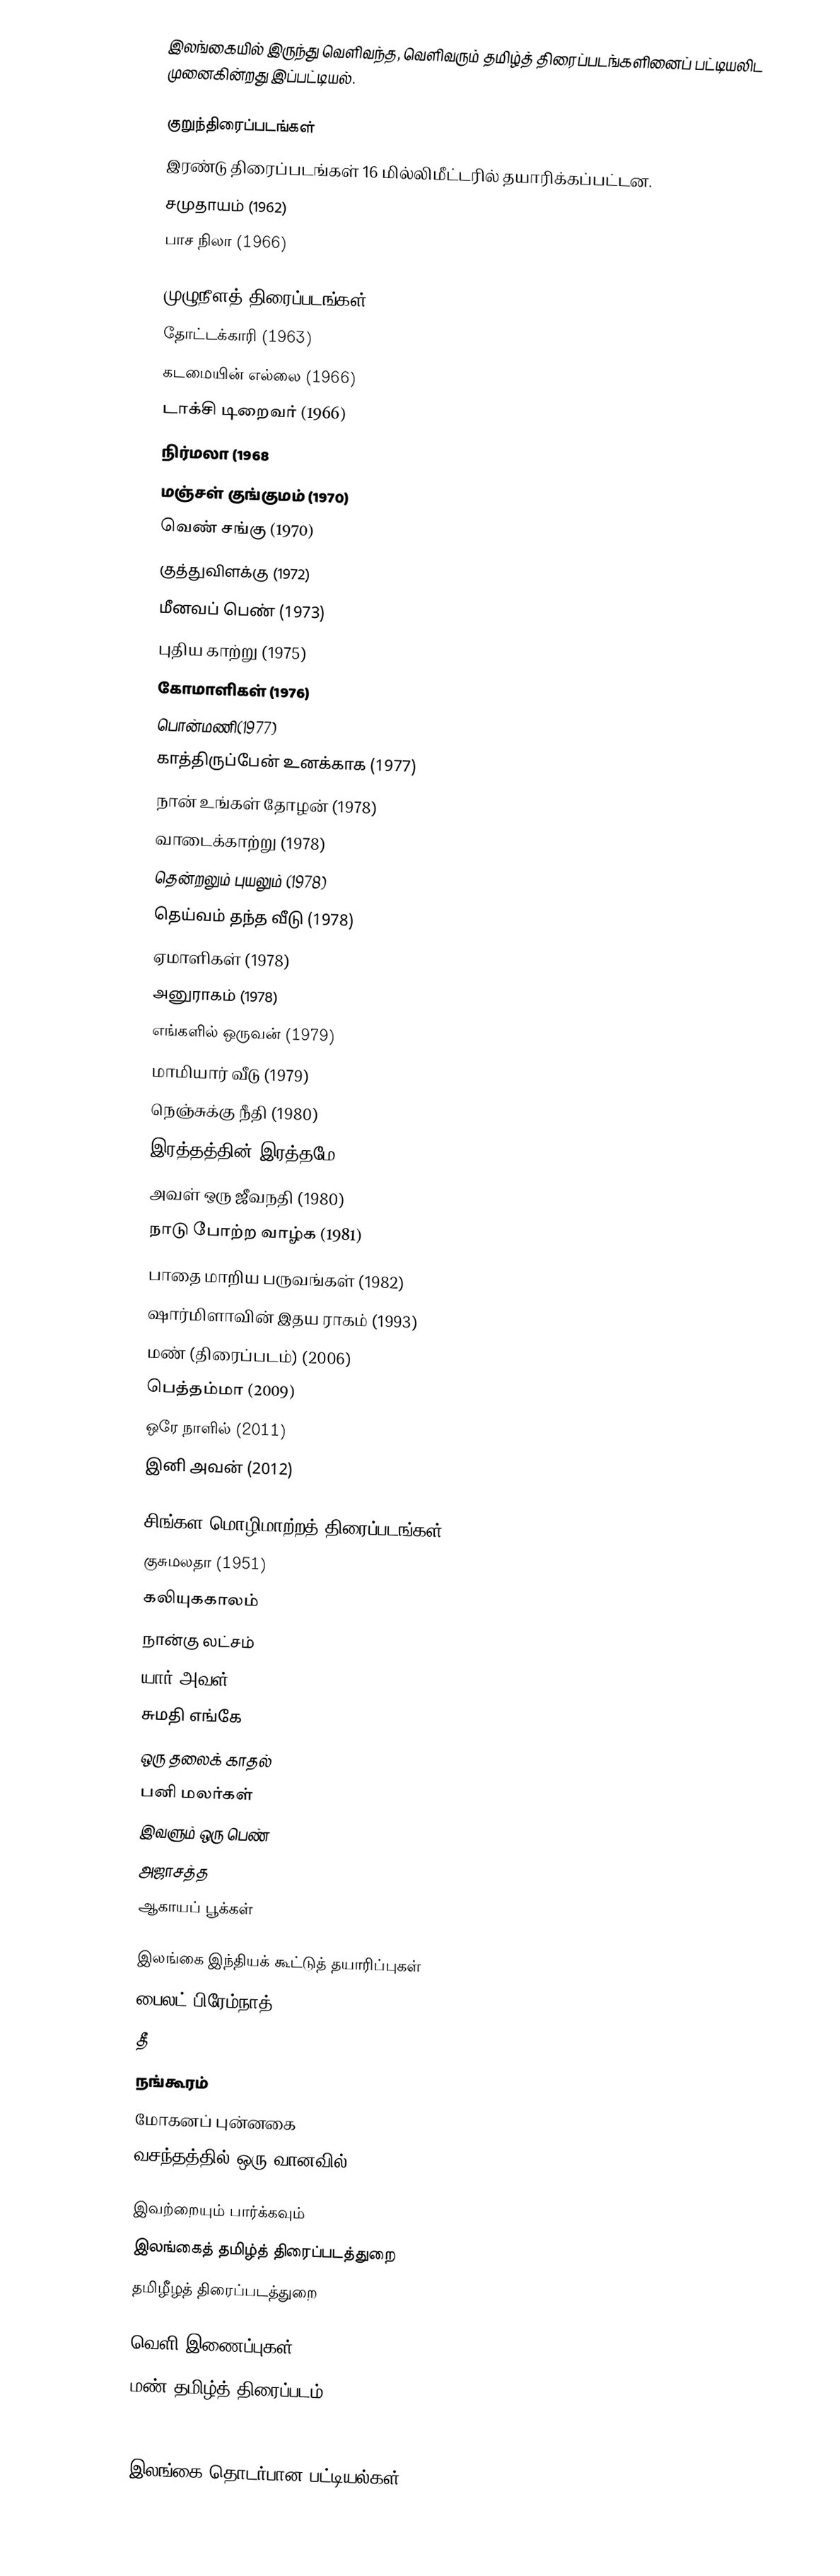
இலங்கையில் இருந்து வெளிவந்த, வெளிவரும் தமிழ்த் திரைப்படங்களினைப் பட்டியலிட முனைகின்றது இப்பட்டியல்.

குறுந்திரைப்படங்கள்
இரண்டு திரைப்படங்கள் 16 மில்லிமீட்டரில் தயாரிக்கப்பட்டன.
 சமுதாயம் (1962)
 பாச நிலா (1966)

முழுநீளத் திரைப்படங்கள்
 தோட்டக்காரி (1963)
 கடமையின் எல்லை (1966)
 டாக்சி டிறைவர் (1966)
 நிர்மலா (1968
 மஞ்சள் குங்குமம் (1970)
 வெண் சங்கு (1970)
 குத்துவிளக்கு (1972)
 மீனவப் பெண் (1973)
 புதிய காற்று (1975)
 கோமாளிகள் (1976)
 பொன்மணி(1977)
 காத்திருப்பேன் உனக்காக  (1977)
 நான் உங்கள் தோழன் (1978)
 வாடைக்காற்று (1978)
 தென்றலும் புயலும் (1978)
 தெய்வம் தந்த வீடு (1978)
 ஏமாளிகள்  (1978)
 அனுராகம் (1978)
 எங்களில் ஒருவன் (1979)
 மாமியார் வீடு (1979)
 நெஞ்சுக்கு நீதி (1980)
 இரத்தத்தின் இரத்தமே (1980)
 அவள் ஒரு ஜீவநதி (1980)
 நாடு போற்ற வாழ்க (1981)
 பாதை மாறிய பருவங்கள் (1982)
 ஷார்மிளாவின் இதய ராகம் (1993)
 மண் (திரைப்படம்) (2006)
 பெத்தம்மா  (2009)
 ஒரே நாளில் (2011)
 இனி அவன் (2012)

சிங்கள மொழிமாற்றத் திரைப்படங்கள்
 குசுமலதா (1951)
 கலியுககாலம்
 நான்கு லட்சம்
 யார் அவள்
 சுமதி எங்கே
 ஒரு தலைக் காதல்
 பனி மலர்கள்
 இவளும் ஒரு பெண்
 அஜாசத்த
 ஆகாயப் பூக்கள்

இலங்கை இந்தியக் கூட்டுத் தயாரிப்புகள்
 பைலட் பிரேம்நாத்
 தீ
 நங்கூரம்
 மோகனப் புன்னகை
 வசந்தத்தில் ஒரு வானவில்

இவற்றையும் பார்க்கவும்
 இலங்கைத் தமிழ்த் திரைப்படத்துறை
 தமிழீழத் திரைப்படத்துறை

வெளி இணைப்புகள்
 மண் தமிழ்த் திரைப்படம்

இலங்கை தொடர்பான பட்டியல்கள்